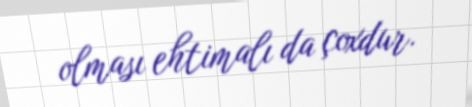
olması ehtimalı da çoxdur.